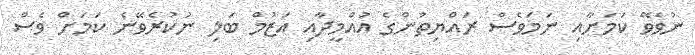
ނުވެވޭ ކަމަށާއި ނަމަވެސް ރައްޔިތުންގެ އުއްމީދާއި އަޒުމް ބަލި ނުކުރެވޭނެ ކަމަށް ވެސް